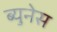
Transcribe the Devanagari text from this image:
ब्युनेस